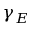
\gamma _ { E }